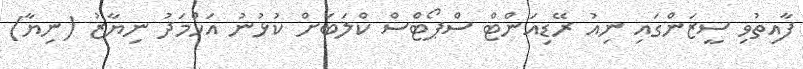
ފާއިތުވި ސީޒަންގައި ނިއު ރޭޑިއަންޓް ސްޕޯޓްސް ކްލަބަށް ކުޅުނު އަހްމަދު ނިޔާޒު (ނިޔާ)